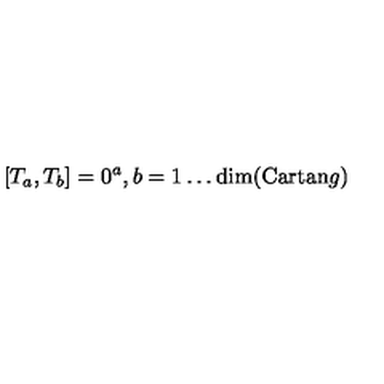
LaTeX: [ T _ { a } , T _ { b } ] = 0 \sp a , b = 1 \ldots \mathrm { d i m } ( \mathrm { C a r t a n } g )